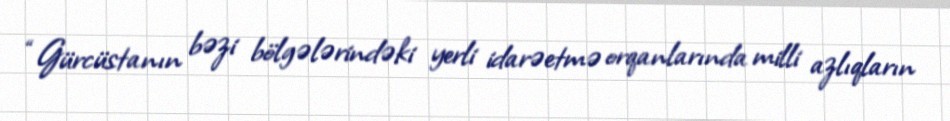
“Gürcüstanın bəzi bölgələrindəki yerli idarəetmə orqanlarında milli azlıqların